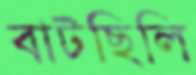
বাটছিলি